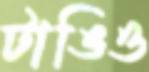
টাঙিও